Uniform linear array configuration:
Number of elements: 16
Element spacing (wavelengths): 0.25
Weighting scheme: kaiser
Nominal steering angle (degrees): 30
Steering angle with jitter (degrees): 29.538
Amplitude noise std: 0.05
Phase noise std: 0.05

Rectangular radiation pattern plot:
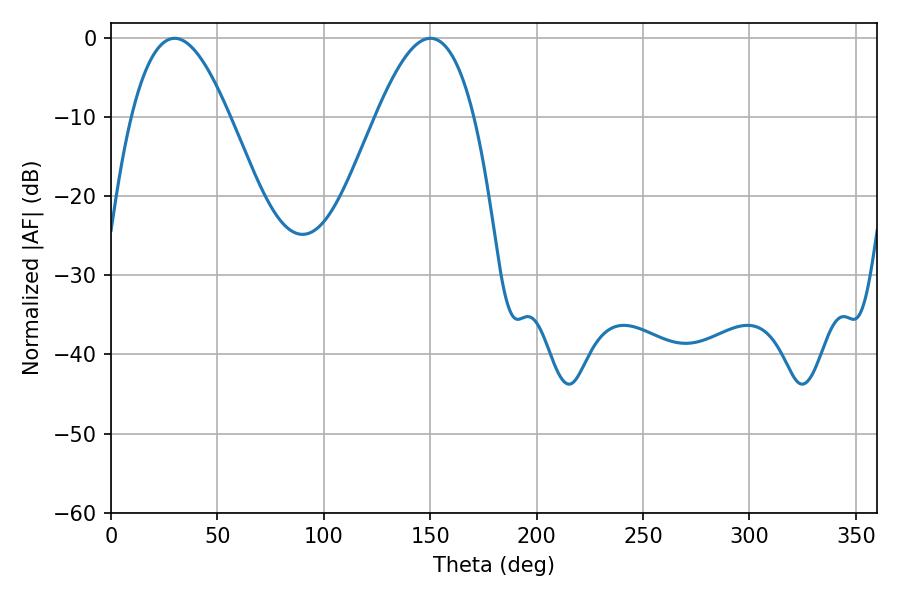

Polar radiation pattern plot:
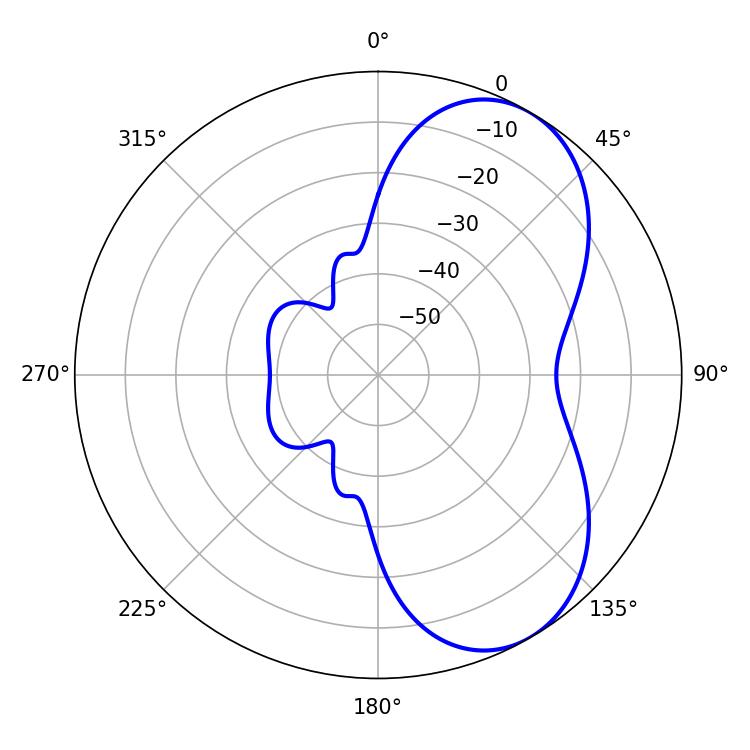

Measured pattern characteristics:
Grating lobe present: FALSE
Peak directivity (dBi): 6.079
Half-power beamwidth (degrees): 25.02
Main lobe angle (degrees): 29.88